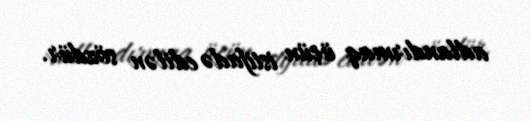
adlandırmaq üçün istifadə edilən sözdür.